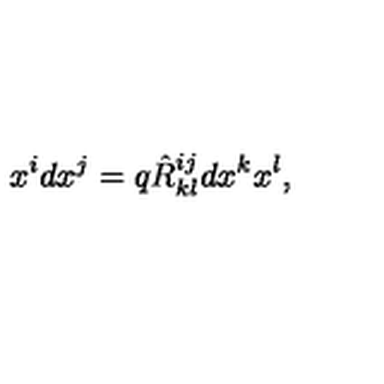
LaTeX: x ^ { i } d x ^ { j } = q \hat { R } _ { k l } ^ { i j } d x ^ { k } x ^ { l } ,